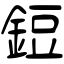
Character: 鋀